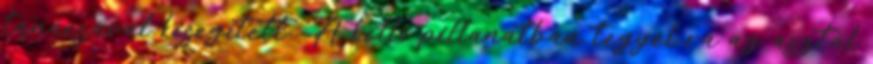
tanácsával kisegített. „A kellő pillanatban tegyél rá az asztal